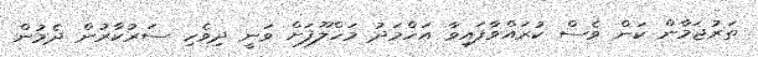
ތަރުޖަމާން ކަން ވެސް ކުރައްވާފައިވާ އަހްމަދު މަހްލޫފަށް ވަނީ ދިވެހި ސަރުކާރުން ދެމުން